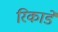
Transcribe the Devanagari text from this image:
रिकाडे